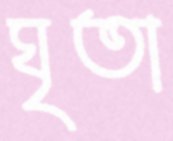
ঘৃতা